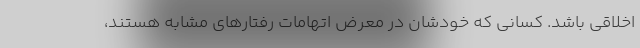
اخلاقی باشد. کسانی که خودشان در معرض اتهامات رفتارهای مشابه هستند،